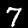
Label: 7